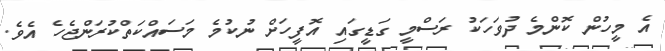
އެ މީހުން ކޮންމެ ދުވަހަކު ރަސްމީ ގަޑީގައި އޮފީހަށް ނުކުމެ މަސައްކަތްކުރަންޖެހެ އެވެ.